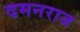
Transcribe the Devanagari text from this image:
दमनराज